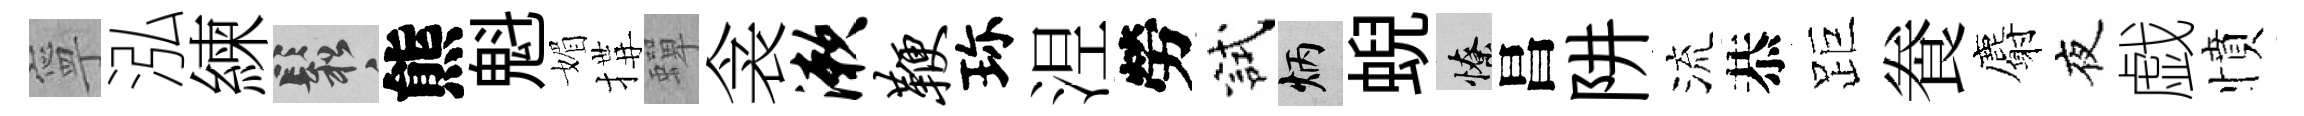
寧泓練鬆熊魁媚搆蟬衾漱鞭珎𣵀勞試炳蜺憭昌阱流恭距飬麝夜戯憤